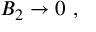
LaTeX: { \cal B } _ { 2 } \rightarrow 0 \ ,